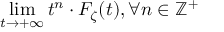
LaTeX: \operatorname* { l i m } _ { t \to + \infty } t ^ { n } \cdot F _ { \zeta } ( t ) , \forall n \in \mathbb { Z } ^ { + }